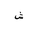
Letter: _shin